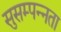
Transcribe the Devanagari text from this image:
सुसम्पन्नता